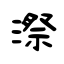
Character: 漈